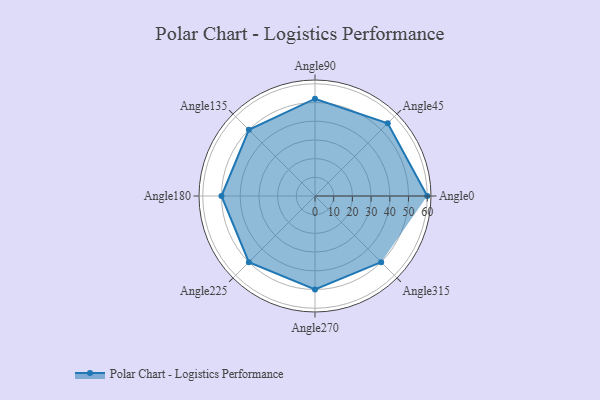
{"axis": {"x": "Angle", "y": "Radius"}, "legend": [""], "data": [{"x": "Angle0", "y": 60.0, "type": ""}, {"x": "Angle45", "y": 55.0, "type": ""}, {"x": "Angle90", "y": 52.0, "type": ""}, {"x": "Angle135", "y": 50, "type": ""}, {"x": "Angle180", "y": 50, "type": ""}, {"x": "Angle225", "y": 50, "type": ""}, {"x": "Angle270", "y": 50, "type": ""}, {"x": "Angle315", "y": 50, "type": ""}]}